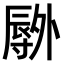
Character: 𫯕